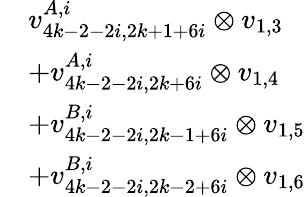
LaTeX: \begin{array}{rl}&{v_{4k-2-2i,2k+1+6i}^{A,i}\otimes v_{1,3}}\\ &{+v_{4k-2-2i,2k+6i}^{A,i}\otimes v_{1,4}}\\ &{+v_{4k-2-2i,2k-1+6i}^{B,i}\otimes v_{1,5}}\\ &{+v_{4k-2-2i,2k-2+6i}^{B,i}\otimes v_{1,6}}\end{array}